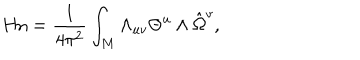
\mathrm { H n } = { \frac { 1 } { 4 \pi ^ { 2 } } } \int _ { M } \Lambda _ { u v } \Theta ^ { u } \wedge \hat { \Omega } ^ { v } ,